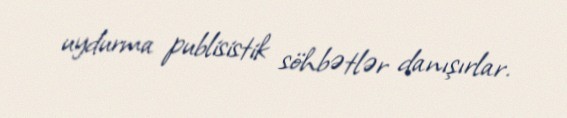
uydurma publisistik söhbətlər danışırlar.